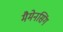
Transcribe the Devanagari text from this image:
मैमेनसिंग